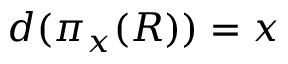
d ( \pi _ { x } ( R ) ) = x